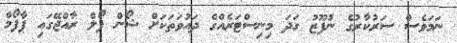
ނަމަވެސް ސަރުކާރުގެ ނުފޫޒު ގަދަ މިނިސްޓަރެއްގެ ދައުވަތަކަށް ޝޯން ޕޯލް ރާއްޖޭގައި ޕާފޯމް